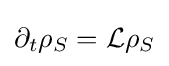
\partial _{t}\rho _{S}={\cal {L}}\rho _{S}